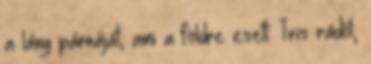
a lány párnáját, ami a földre esett. Tris rádől,